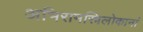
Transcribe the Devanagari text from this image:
अभिरामस्त्रिलोकानां